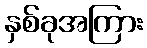
နှစ်ခုအကြား